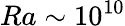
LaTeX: Ra\sim 10^{10}